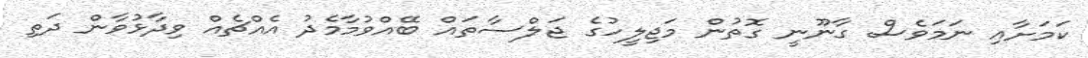
ކަމަށާއި ނަމަވެސް ގާނޫނީ ގޮތުން މަޖިލީހުގެ ޖަލްސާތައް ބޭއްވުމާމެދު އެއްޗެއް ވިދާޅުވާން ދަތި